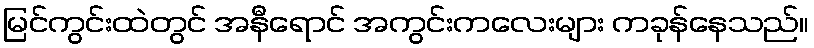
မြင်ကွင်းထဲတွင် အနီရောင် အကွင်းကလေးများ ကခုန်နေသည်။